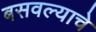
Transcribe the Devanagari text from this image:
बसवल्याचे